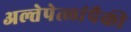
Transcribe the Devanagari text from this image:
अल्तेपेत्लांपैकी